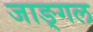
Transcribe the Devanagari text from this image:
जाङ्गल